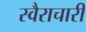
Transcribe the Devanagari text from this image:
स्वैराचारी